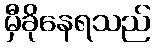
မှီခိုနေရသည်